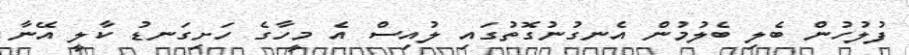
ފުލުހުން ބެލި ބެލުމުން އެނގުނުގޮތުގައި ލުއިސް އެ މީހާގެ ހަށިގަނޑު ކާލީ އޭނާ